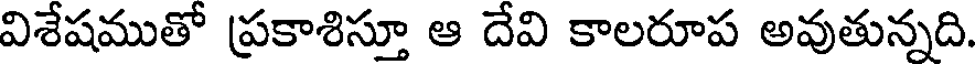
విశేషముతో ప్రకాశిస్తూ ఆ దేవి కాలరూప అవుతున్నది.